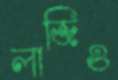
লাজিও